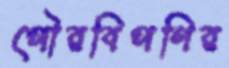
পৌরবিপণির